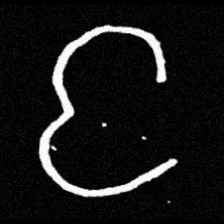
Pyu character \u2014 Myanmar letter: င (romanized: nga)